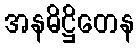
အနဓိဋ္ဌိတေန